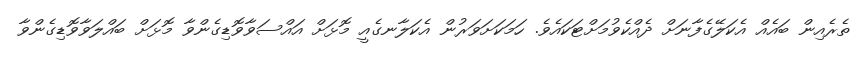
ތެރެއިން ބައެއް އެކަލޭގެފާނަށް ދެއްކެވުމަށްޓަކައެވެ. ހަމަކަށަވަރުން އެކަަލާނގެއީ މޮޅަށް އައްސަވާވޮޑިގެންވާ މޮޅަށް ބައްލަވާވޮޑިގެންވާ